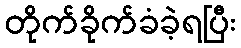
တိုက်ခိုက်ခံခဲ့ရပြီး